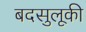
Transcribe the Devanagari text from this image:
बदसुलूकी